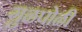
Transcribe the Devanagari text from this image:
गु़ळपोळी